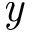
\emph { y }